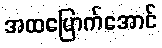
အထမြောက်အောင်